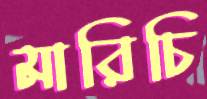
মারিচি